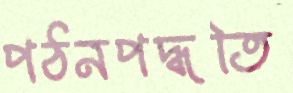
পঠনপদ্ধতি